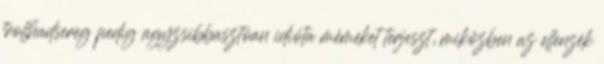
trollhadsereg pedig agyzsibbasztóan idióta mémeket terjeszt, miközben az ellenzék